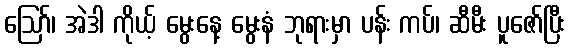
ဪ၊ အဲဒါ ကိုယ့် မွေးနေ့ မွေးနံ ဘုရားမှာ ပန်း ကပ်၊ ဆီမီး ပူဇော်ပြီး